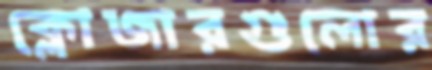
ক্লোজারগুলোর